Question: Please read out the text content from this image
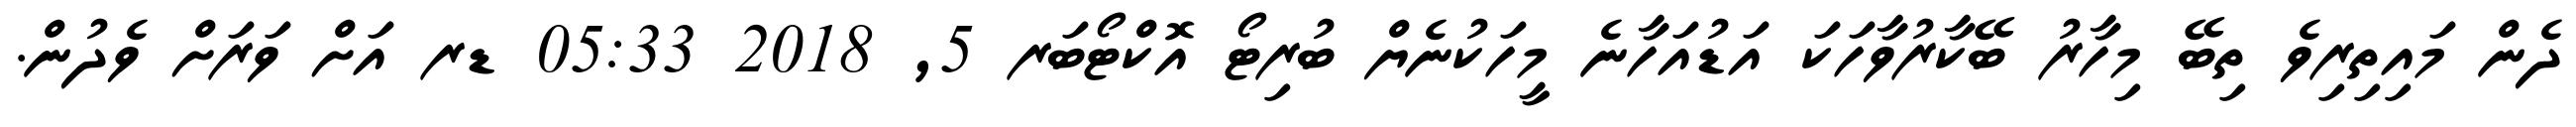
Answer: ދެން މައިތިރިވެ ތިބޭ މިހާރު ބޭކާރުވާހަކަ އަޑުއަހާނެ މީހަކުނެޔް ބުރިޓޯ އޮކްޓޯބަރ 5, 2018 05:33 ޑރ އަށް ވަރަށް ވެދުން.